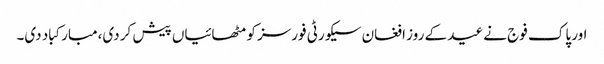
اور پاک فوج نے عید کے روز افغان سیکورٹی فورسز کو مٹھائیاں پیش کر دی،مبارکباد دی۔